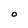
Character: O